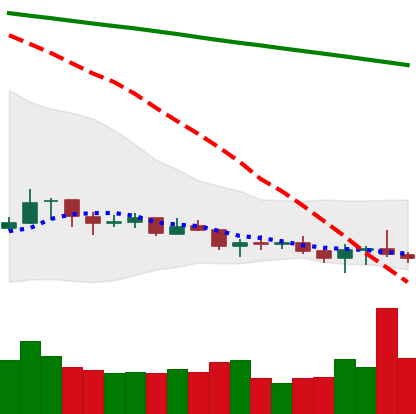
Ticker: XLM-USD
Chart end date: 2021-07-17
Forward return: 13.132%
Label: up_7plus